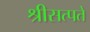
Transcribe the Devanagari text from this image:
श्रीसत्पते